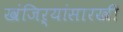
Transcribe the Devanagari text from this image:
खंजिऱ्यांसारखी